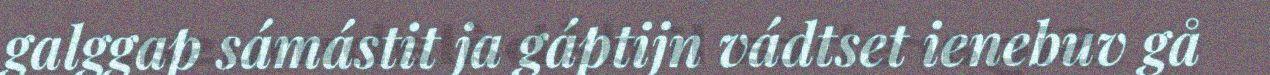
galggap sámástit ja gáptijn vádtset ienebuv gå